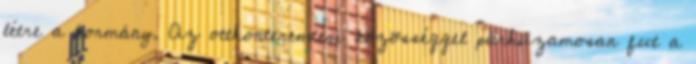
létre a kormány. Az otthonteremtési közösséggel párhuzamosan fut a